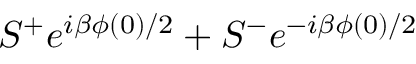
S ^ { + } e ^ { i \beta \phi ( 0 ) / 2 } + S ^ { - } e ^ { - i \beta \phi ( 0 ) / 2 }